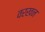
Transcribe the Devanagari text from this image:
वरखन